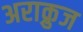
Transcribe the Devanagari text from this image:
अराक्रुज